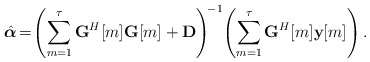
\begin{align*} \hat{\boldsymbol{\alpha}}\!=\! \left(\sum_{m=1}^{\tau}\textbf{G}^H[m]\textbf{G}[m]+ \textbf{D}\right)^{\!-1}\!\left(\sum_{m=1}^{\tau}\textbf{G}^H[m] \textbf{y}[m]\right).\end{align*}